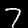
Label: 7